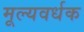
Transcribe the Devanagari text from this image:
मूल्यवर्धक